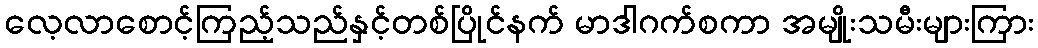
လေ့လာစောင့်ကြည့်သည်နှင့်တစ်ပြိုင်နက် မာဒါဂက်စကာ အမျိုးသမီးများကြား